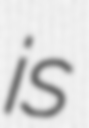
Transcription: is